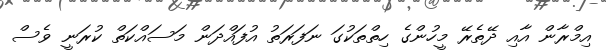
އިމްރާން އާއި ދޭތެރޭ މީހުންގެ ހިތްތަކުގަ ނަފަރަތު އުފައްދަން މަސައްކަތް ކުރަނީ ވެސް